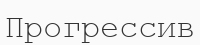
Прогрессив